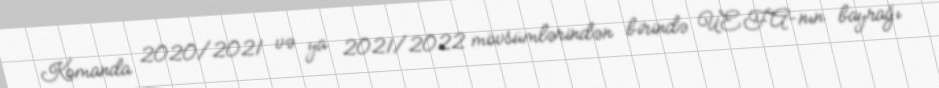
Komanda 2020/2021 və ya 2021/2022 mövsümlərindən birində UEFA-nın bayrağı